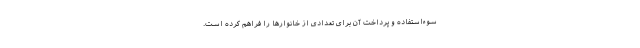
سوءاستفاده و پرداخت آن برای تعدادی از خانوارها را فراهم کرده است.